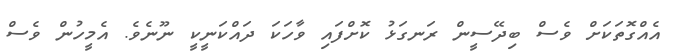
އެއްގޮތަކަށް ވެސް ބިދޭސީން ރަނގަޅު ކޮށްފައި ވާހަކަ ދައްކަނީކީ ނޫނެވެ. އެމީހުން ވެސް